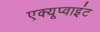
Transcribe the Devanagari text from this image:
एक्यूप्वाइंट